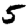
Digit: 5